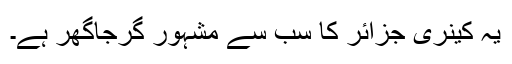
یہ کینری جزائر کا سب سے مشہور گرجاگھر ہے۔